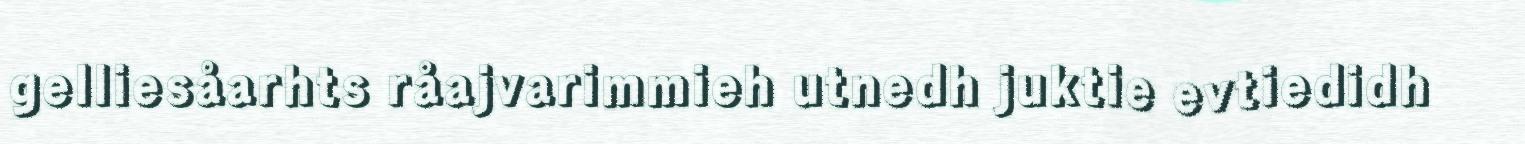
gelliesåarhts råajvarimmieh utnedh juktie evtiedidh